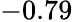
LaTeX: -0.79